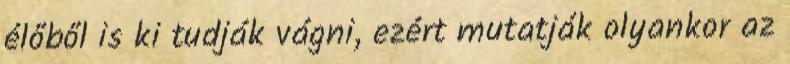
élőből is ki tudják vágni, ezért mutatják olyankor az